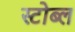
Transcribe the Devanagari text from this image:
स्टोब्ल